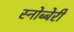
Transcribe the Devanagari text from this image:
स्नोब्बेरी